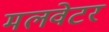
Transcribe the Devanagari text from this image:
मलवेटर